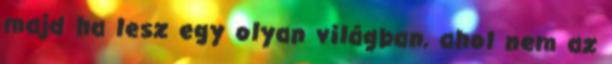
majd ha lesz egy olyan világban, ahol nem az